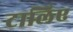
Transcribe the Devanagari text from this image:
टालिए